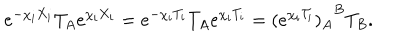
LaTeX: e ^ { - \chi _ { i } X _ { i } } T _ { A } e ^ { \chi _ { i } X _ { i } } = e ^ { - \chi _ { i } T _ { i } } T _ { A } e ^ { \chi _ { i } T _ { i } } = { ( e ^ { \chi _ { i } { \cal T } _ { i } } ) _ { A } } ^ { B } T _ { B } .